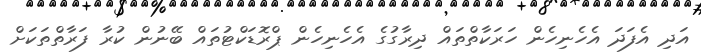
އަދި އެފަދަ އެހެނިހެން ހަރަކާތްތައް ދިރާގުގެ އެހެނިހެން ޕްރޮޑަކްޓުތައް ބޭނުން ކުރާ ފަރާތްތަކަށް